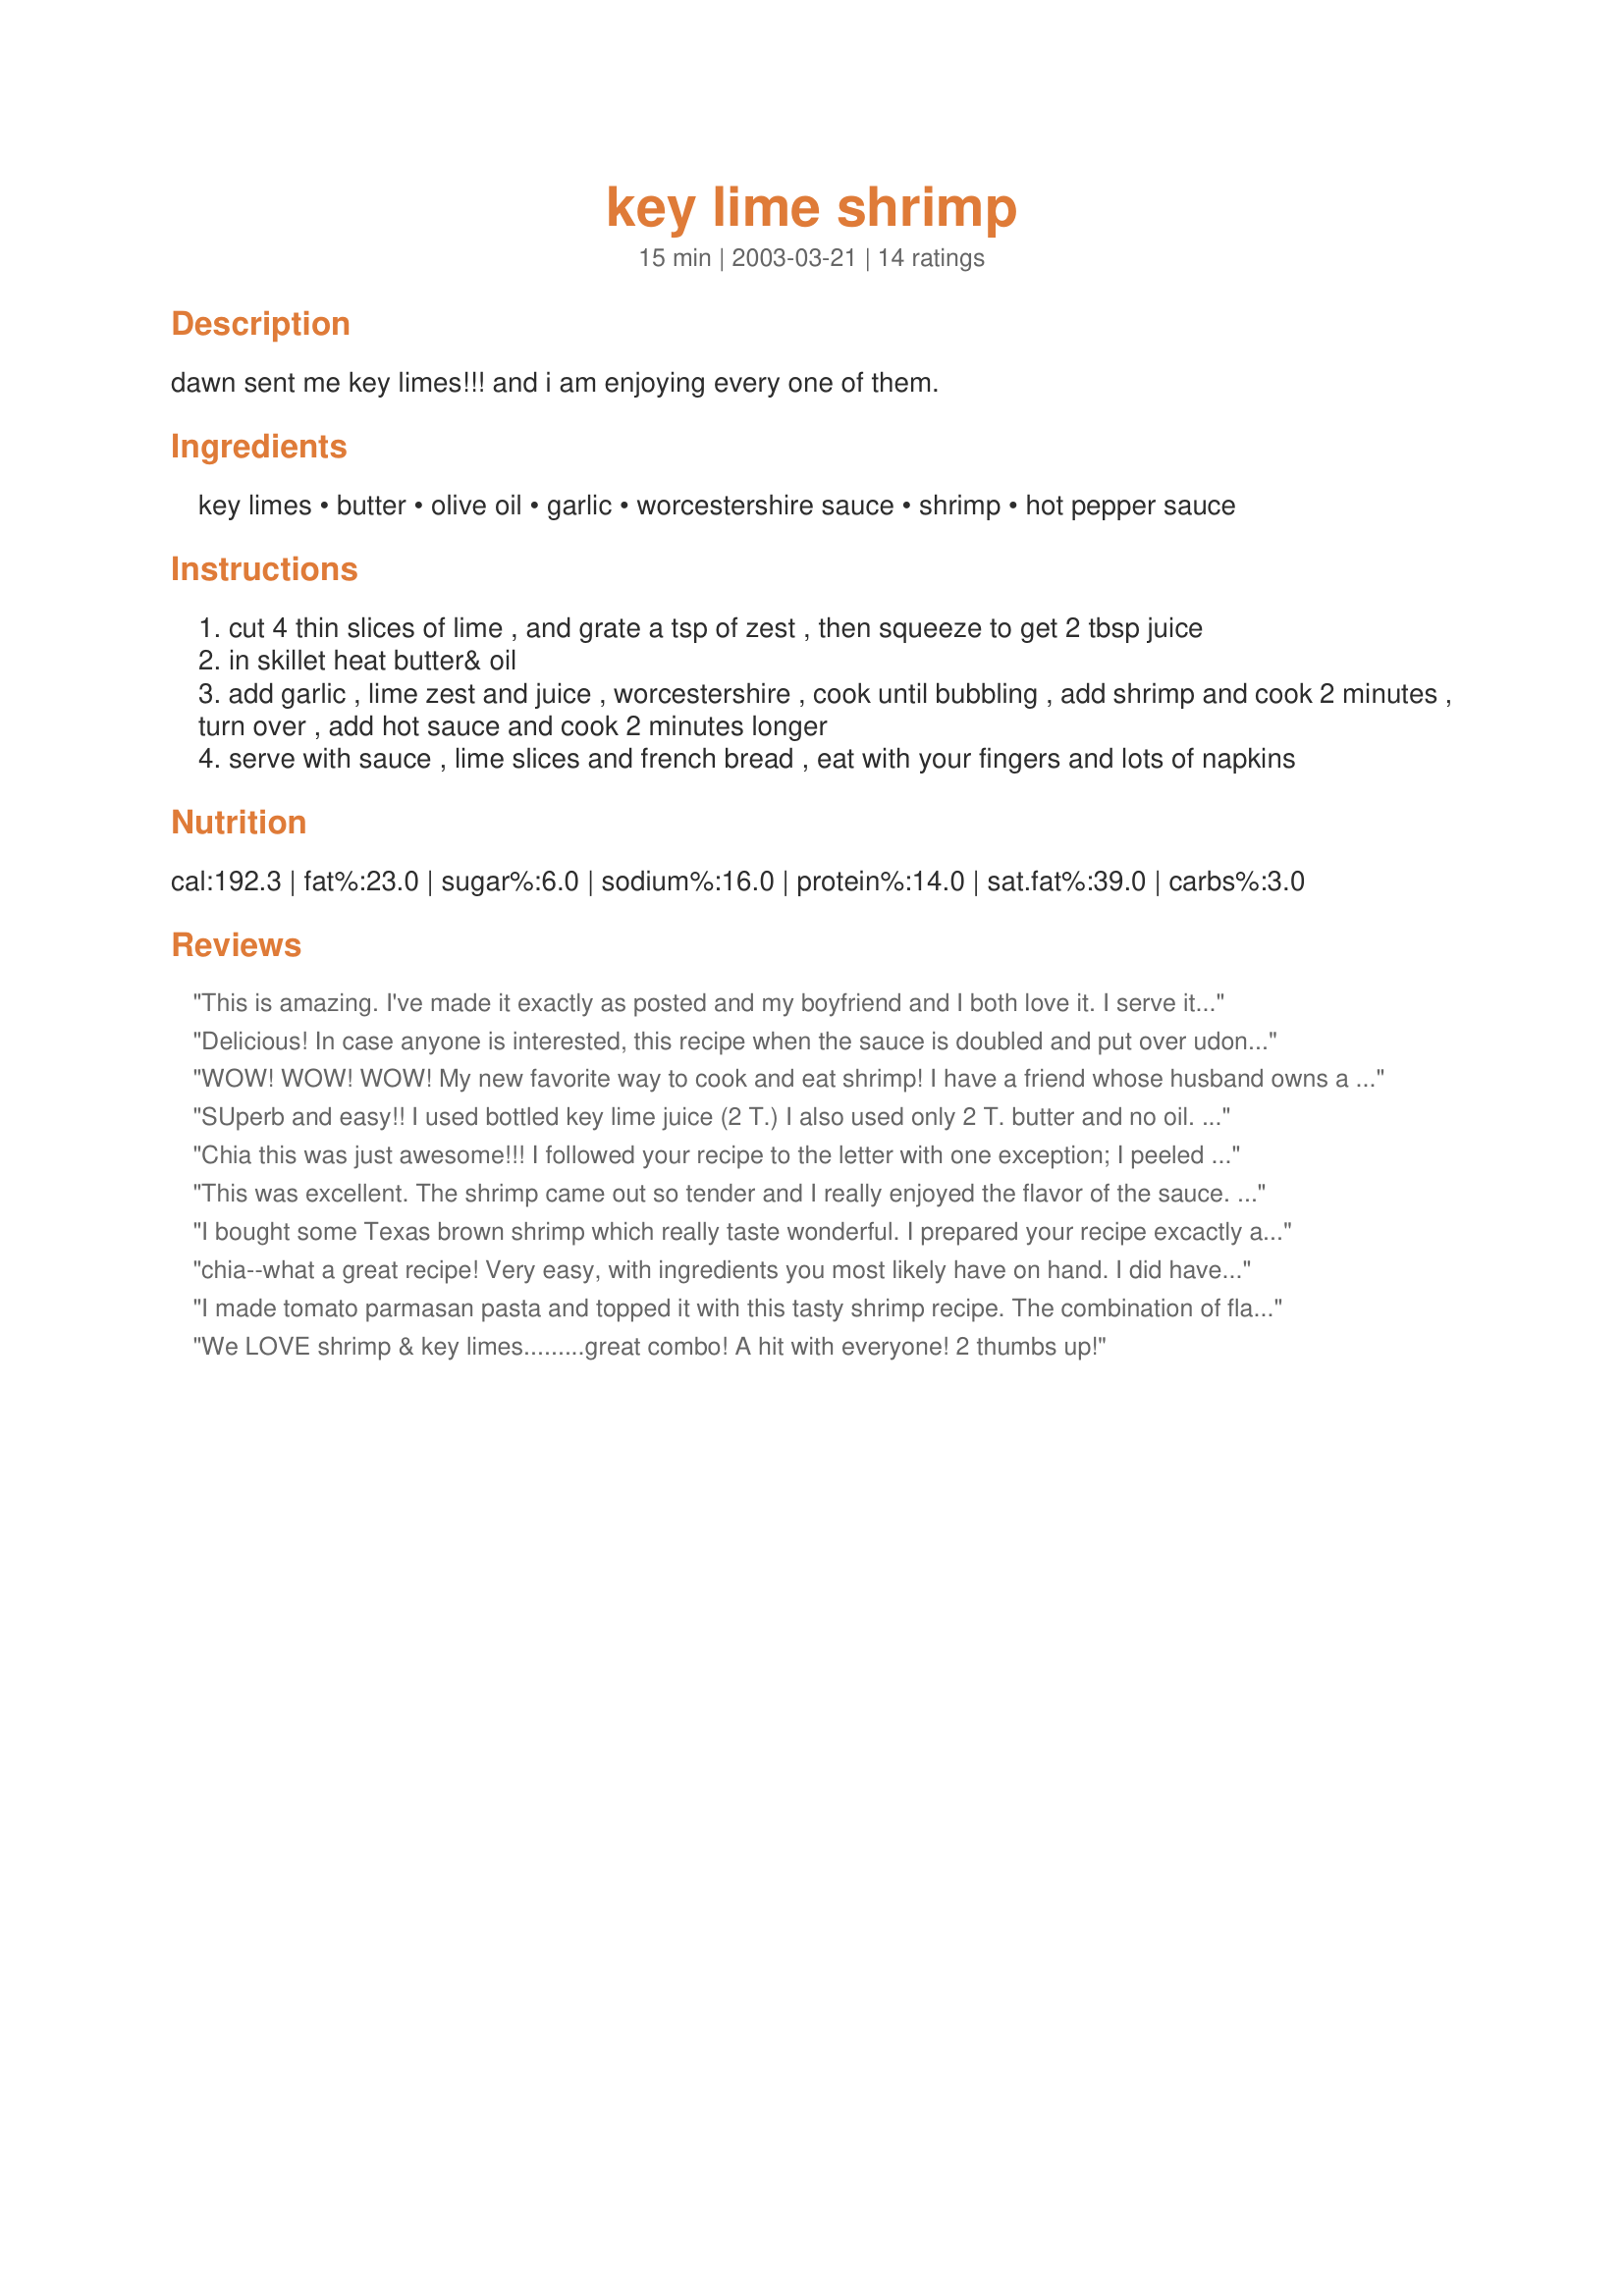
key lime shrimp
Preparation time: 15 minutes

dawn sent me key limes!!! and i am enjoying every one of them.

Ingredients:
key limes, butter, olive oil, garlic, worcestershire sauce, shrimp, hot pepper sauce

Steps:
cut 4 thin slices of lime , and grate a tsp of zest , then squeeze to get 2 tbsp juice
in skillet heat butter& oil
add garlic , lime zest and juice , worcestershire , cook until bubbling , add shrimp and cook 2 minutes , turn over , add hot sauce and cook 2 minutes longer
serve with sauce , lime slices and french bread , eat with your fingers and lots of napkins

Reviews:
This is amazing. I've made it exactly as posted and my boyfriend and I both love it. I serve it with saffron rice and a nice salad. Thanks for posting!
Delicious! In case anyone is interested, this recipe when the sauce is doubled and put over udon noodles is 16 weight watchers points and serves 4. I doubled the sauce (8 TBSP of butter, 2 TBSP Olive Oil, 4 TBSP Lime, 2 TBSP Worcestershire). It turned out great! I may have put a little too much lime juice (I didn't measure) but it was great anyways. Husband said it almost tasted like the key lime shrimp they have at TGI Fridays so I'll label that a success!!!
WOW! WOW! WOW! My new favorite way to cook and eat shrimp! I have a friend whose husband owns a shrimp boat so they keep me supplied with fresh shrimp. Now all I have to do is plant a lime tree! Thanks Chia! Excellent recipe!
SUperb and easy!! I used bottled key lime juice (2 T.) I also used only 2 T. butter and no oil. I served it with rice. Thanks for the great recipe!
Chia this was just awesome!!! I followed your recipe to the letter with one exception; I peeled and deveined the shrimp. I used key limes and served over thin spag. with freshly grated parm. and garlic toast for dipping. My son is begging to live on this!
This was excellent. The shrimp came out so tender and I really enjoyed the flavor of the sauce. This was quick and easy to follow, yet produced elegant results. Thanks!
I bought some Texas brown shrimp which really taste wonderful. I prepared your recipe excactly as directed, and was rewarded with an amazing, gourmet meal. The key limes are definately the secret to it's success. Equally gratifying was the sauce, which we dipped with crusty French bread. This is just plain good stuff!!!! Thanks so much for sharing.
chia--what a great recipe! Very easy, with ingredients you most likely have on hand. I did have to use regular limes, no big deal-the flavor is amazing. And I added extra garlic, yum! Very light,and delicious, like a nice variation on scampi. My husband and I absolutely loved it. We served it with rice and a nice green salad. Next time, I'll have bread too, to soak up all that flavor. Thanks chia!
I made tomato parmasan pasta and topped it with this tasty shrimp recipe. The combination of flavors was heavenly. Thanks for sharing!
We LOVE shrimp & key limes.........great combo! A hit with everyone! 2 thumbs up!
Wow! This has great flavor. I wasn't sure how the worcestershire and lime would work together, but it was great. I doubled the sauce and served the shrimp and sauce over pasta. Yum, yum!
This came as a complete surprise to me. I had a ton of key limes and wandered through here to find a non-key lime pie recipe. This is a perfect dish....simple, delicious, subtle, and fast. I served it over orzo. I reduced the butter down by a tablespoon, but didn't change anything else. The only thing lacking is some fresh ground black pepper and salt and chocolate for dessert. Thanks for a really good recipe for a fast and easy dinner (or lunch).
Great stuff!
This is simple and good, but it was not as flavorful as we expected. We served it with brown rice. If you're looking for a quick shrimp recipe, it's worth a try.
